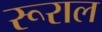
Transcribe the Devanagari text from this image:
रूराल